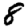
Digit: 8